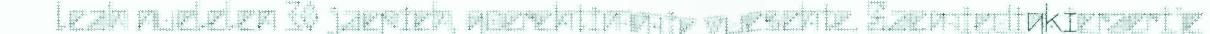
leah nuelelen 30 jaepieh, goerehtimmie vuesehte. Saemiedigkieraerije